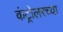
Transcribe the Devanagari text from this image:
कंट्रोलरच्या